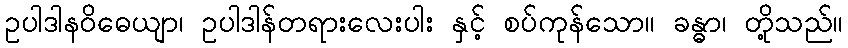
ဥပါဒါနဝိဓေယျာ၊ ဥပါဒါန်တရားလေးပါး နှင့် စပ်ကုန်သော။ ခန္ဓာ၊ တို့သည်။